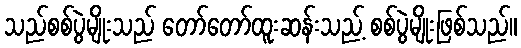
သည်စစ်ပွဲမျိုးသည် တော်တော်ထူးဆန်းသည့် စစ်ပွဲမျိုးဖြစ်သည်။